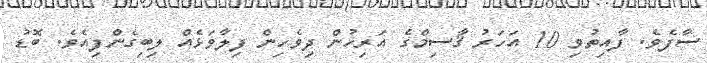
ސާފެވެ. ފާއިތުވި 10 އަހަރު ޤާސިމްގެ އަރިހުން ދިވެހިން ފިލާވަޅެއް ލިބިގެންފިއެވެ. ބޮޑު